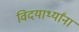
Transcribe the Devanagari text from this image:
विदयार्थ्यांना